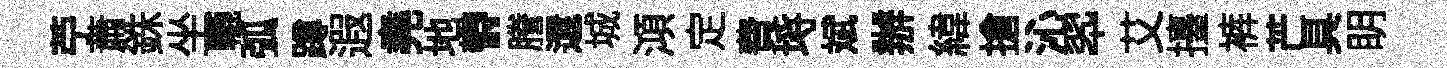
苧蕭銖坐轆弧蹲遐堯地欎謄還城澒定費埓斌辦緯搶沁翆艾擡裤芒具眀